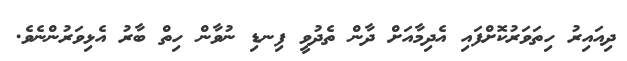
ދިއައިރު ހިތަވަރުކޮށްފައި އެދިމާއަށް ދާން ތެދުވީ ފިނޑި ނުވާން ހިތް ބާރު އެޅިވަރުންނެވެ.